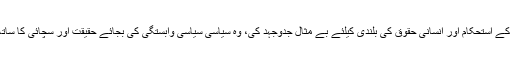
سینیٹر الیاس بلور نے کہا کہ عاصمہ جہانگیر نے عدلیہ، میڈیا کی آزادی، جمہوریت کے استحکام اور انسانی حقوق کی بلندی کیلئے بے مثال جدوجہد کی، وہ سیاسی سیاسی وابستگی کی بجائے حقیقت اور سچائی کا ساتھ دیتی تھیں، ان سے ہونے والی زیادتی پر شرمندہ ہوں اور دل سے معافی مانگتا ہوں۔